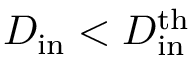
D _ { \mathrm { i n } } < D _ { \mathrm { i n } } ^ { \mathrm { t h } }